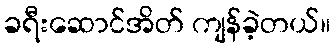
ခရီးဆောင်အိတ် ကျန်ခဲ့တယ်။